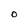
Character: 0